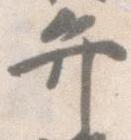
弁